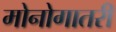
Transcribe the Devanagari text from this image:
मोनोगातरी